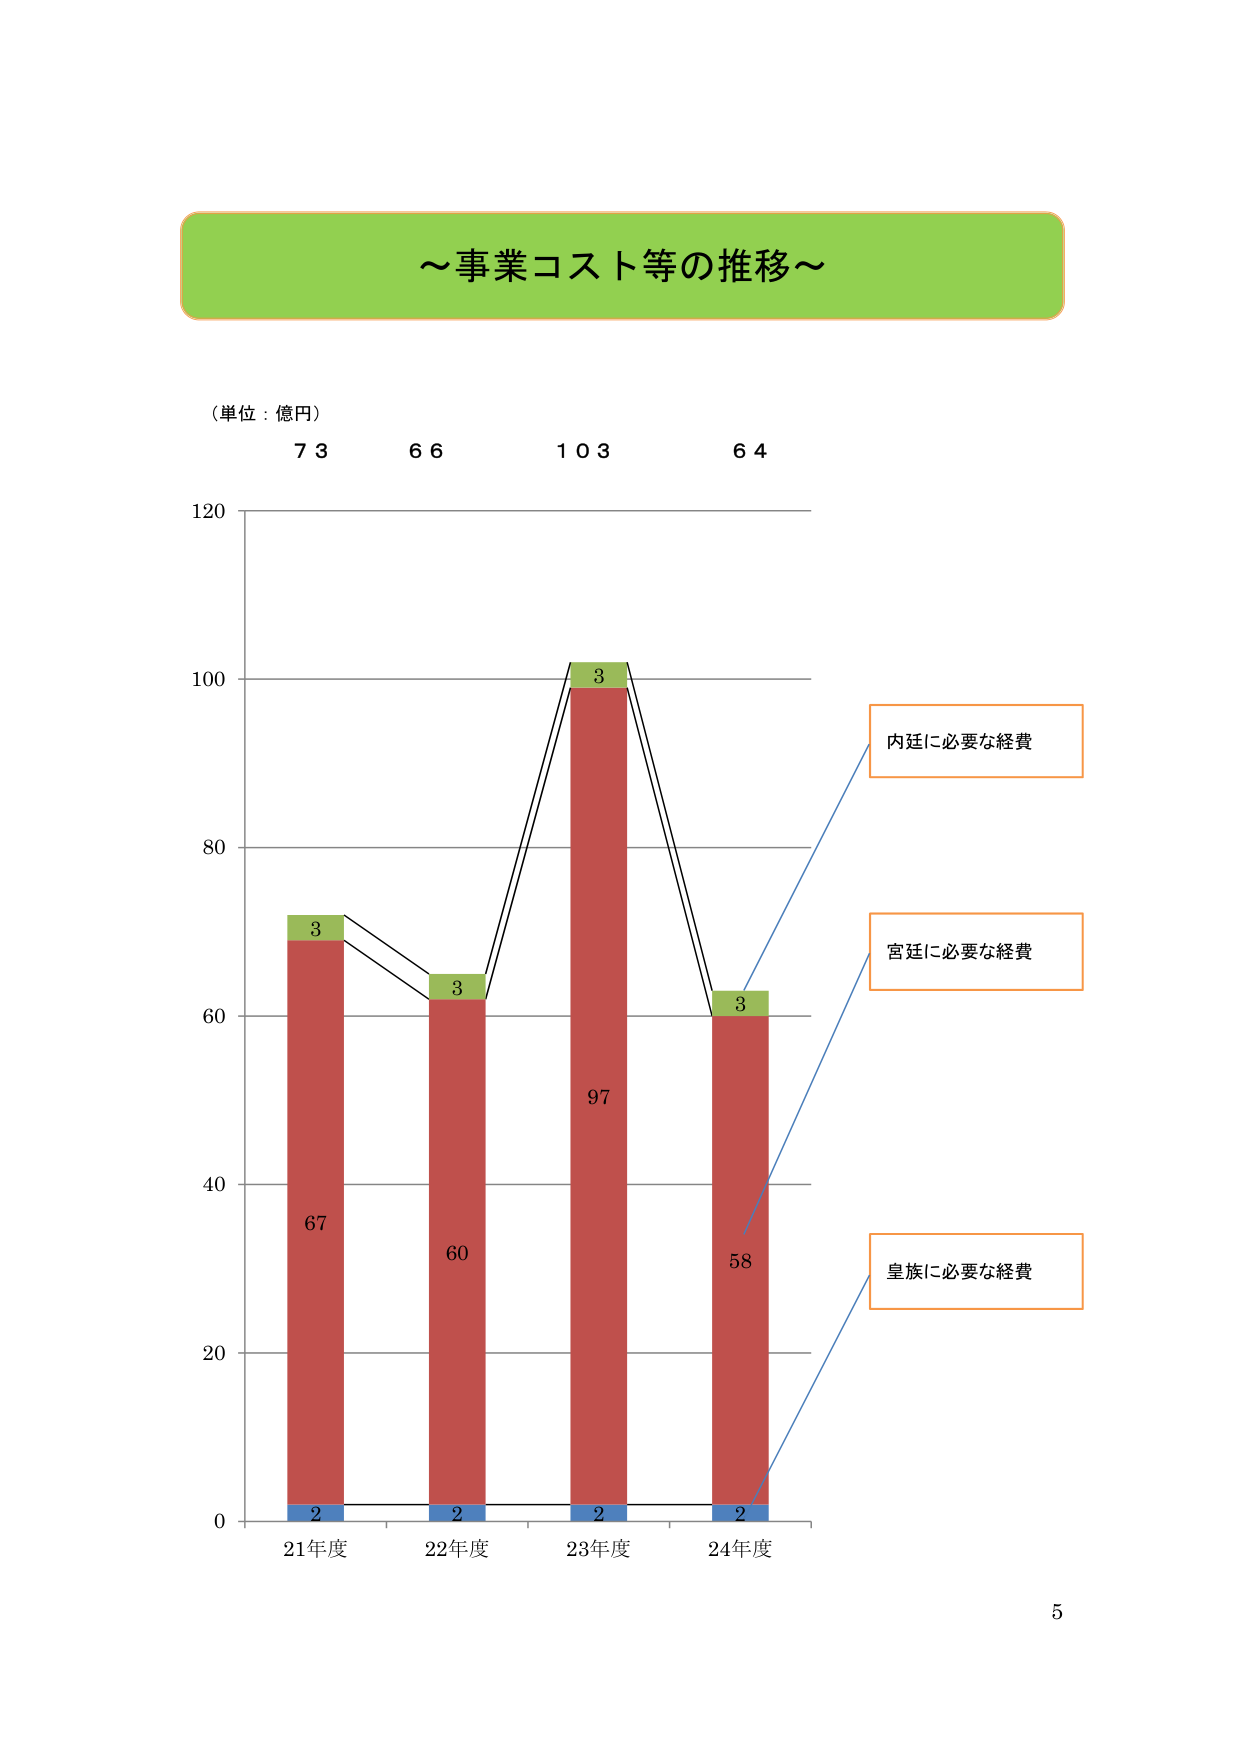
～事業コスト等の推移～

（単位：億円）
73　66　103　64

120
100
80
60
40
20
0

21年度　22年度　23年度　24年度

67　60　97　58
3　3　3　3
2　2　2　2

内廷に必要な経費
宮廷に必要な経費
皇族に必要な経費

5